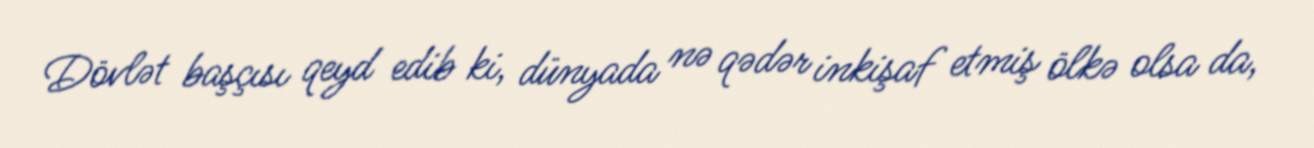
Dövlət başçısı qeyd edib ki, dünyada nə qədər inkişaf etmiş ölkə olsa da,